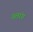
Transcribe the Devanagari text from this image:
तलरंग